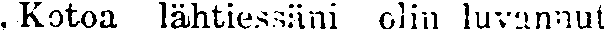
, Kotoa lähtiessäni olin luvannut